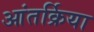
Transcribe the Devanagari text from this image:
आंतर्क्रिया